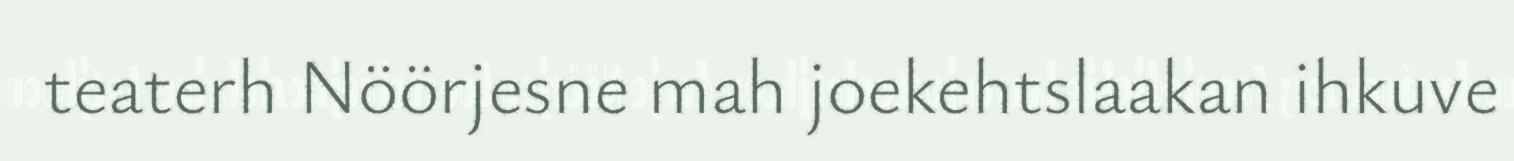
teaterh Nöörjesne mah joekehtslaakan ihkuve